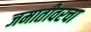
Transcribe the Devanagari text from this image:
जमातीवरचा